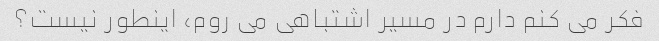
فکر می کنم دارم در مسیر اشتباهی می روم، اینطور نیست؟